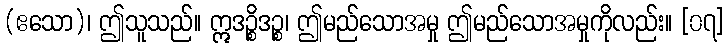
(ဧသော)၊ ဤသူသည်။ ဣဒဉ္စိဒဉ္စ၊ ဤမည်သောအမှု ဤမည်သောအမှုကိုလည်း။ [၀၇]